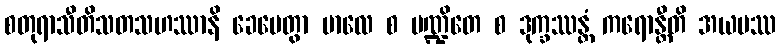
စတုရာသီတိသတသဟဿာနိ ခေပေတွာ ဗာလေ စ ပဏ္ဍိတေ စ ဒုက္ခဿန္တံ ကရောန္တီတိ အယမဿ